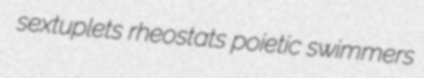
sextuplets rheostats poietic swimmers